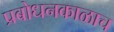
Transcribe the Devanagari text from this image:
प्रबोधनकाळाच